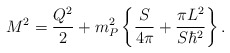
\begin{align*}M^2 = {Q^2\over2} + {m_P^2} \left\{{S\over4\pi} +{\pi L^2\over S\hbar^2 } \right\}.\end{align*}